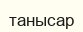
танысар